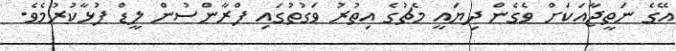
އޭގެ ނަތީޖާއަކަށް ވެގެން ދިޔައީ މެޗުގެ އިތުރު ވަގުތުގައި ފްރާންސުން ލީޑް ފުޅާކުރުމެވެ.